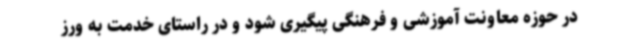
در حوزه معاونت آموزشی و فرهنگی پیگیری شود و در راستای خدمت به ورز